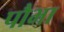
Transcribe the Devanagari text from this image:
पौभा